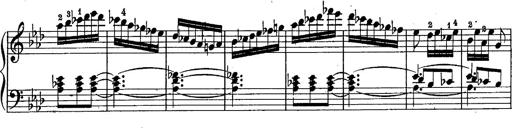
Title: Schubert's Impromptus [revised and edited by Franz Liszt]
Composer: Franz Liszt